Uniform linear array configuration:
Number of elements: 4
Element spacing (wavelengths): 0.25
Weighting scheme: cosine
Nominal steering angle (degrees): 30
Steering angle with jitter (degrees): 31.928
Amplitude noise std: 0.05
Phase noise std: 0.05

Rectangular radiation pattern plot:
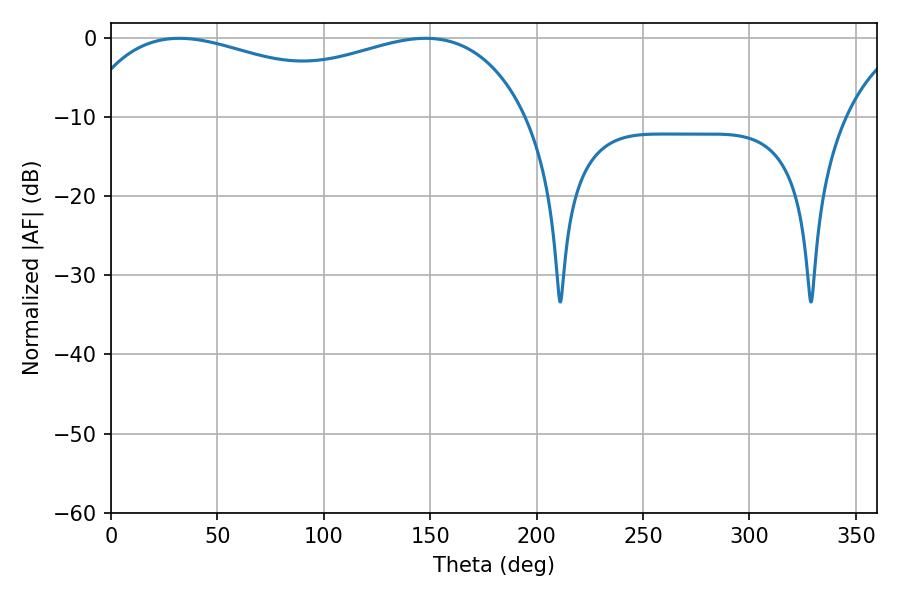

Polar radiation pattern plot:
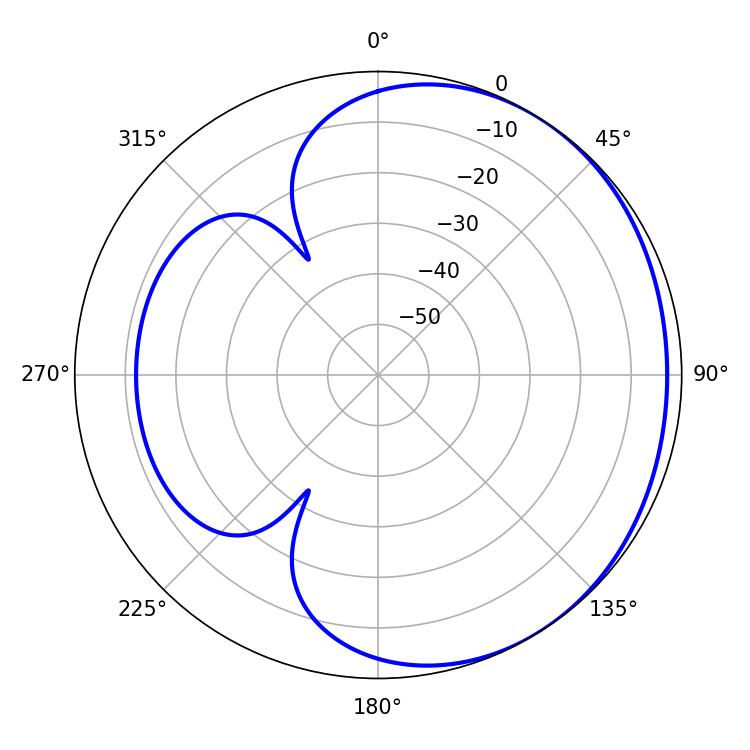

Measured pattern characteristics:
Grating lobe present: FALSE
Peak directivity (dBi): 1.658
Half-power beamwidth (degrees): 173.16
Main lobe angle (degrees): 32.22